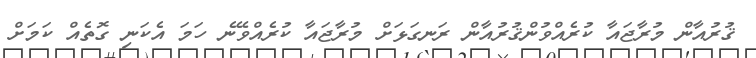
ޤުރުއާން މުރާޖައާ ކުރެއްވުންޤުރުއާން ރަނގަޅަށް މުރާޖައާ ކުރެއްވޭނެ ހަމަ އެކަނި ގޮތެއް ކަމަށް